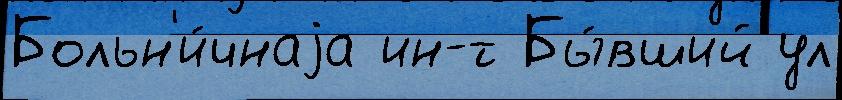
Больн'и́чнаjа ин-т Бы́вший ул